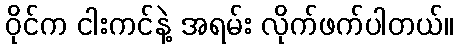
ဝိုင်က ငါးကင်နဲ့ အရမ်း လိုက်ဖက်ပါတယ်။